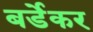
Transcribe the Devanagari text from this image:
बर्डेकर